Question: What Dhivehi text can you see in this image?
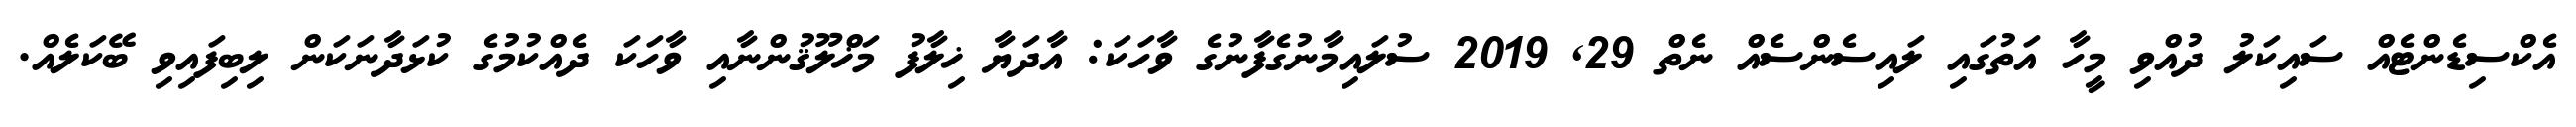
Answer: އެކްސިޑެންޓެއް ސައިކަލު ދުއްވި މީހާ އަތުގައި ލައިސެންސެއް ނެތް 29, 2019 ސުލައިމާނުގެފާނުގެ ވާހަކަ: އާދަޔާ ޚިލާފު މަޚްލޫޤުންނާއި ވާހަކަ ދެއްކުމުގެ ކުޅަދާނަކަން ލިބިފައިވި ބޭކަލެއް.